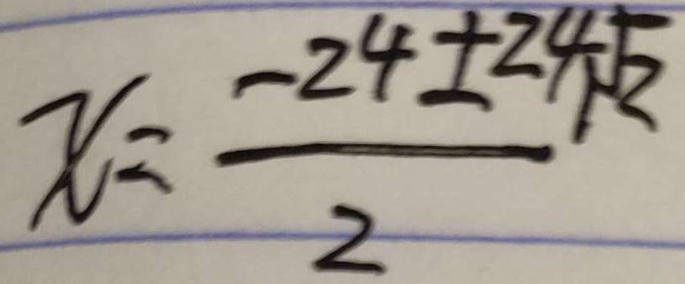
x = \frac { - 2 4 \pm 2 4 \sqrt { 2 } } { 2 }